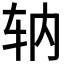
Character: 𫐇